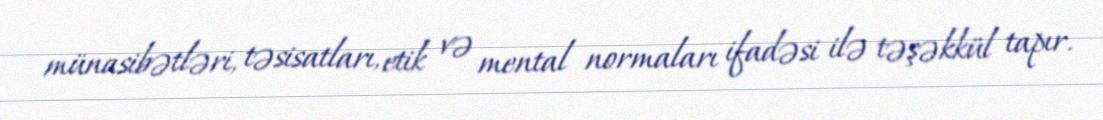
münasibətləri, təsisatları, etik və mental normaları ifadəsi ilə təşəkkül tapır.